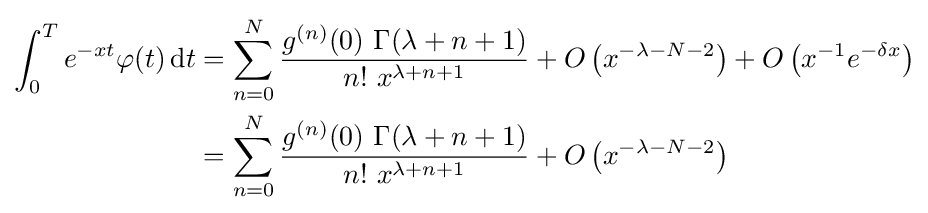
{\begin{aligned}\int _{0}^{T}e^{-xt}\varphi (t)\,\mathrm {d} t&=\sum _{n=0}^{N}{\frac {g^{(n)}(0)\ \Gamma (\lambda +n+1)}{n!\ x^{\lambda +n+1}}}+O\left(x^{-\lambda -N-2}\right)+O\left(x^{-1}e^{-\delta x}\right)\\&=\sum _{n=0}^{N}{\frac {g^{(n)}(0)\ \Gamma (\lambda +n+1)}{n!\ x^{\lambda +n+1}}}+O\left(x^{-\lambda -N-2}\right)\end{aligned}}